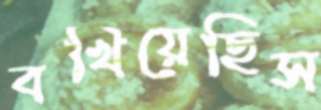
বখিয়েছিস